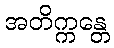
အတိက္ကန္တေ